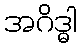
အဂိဒ္ဓါ